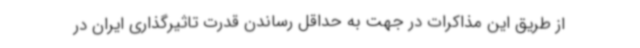
از طریق این مذاکرات در جهت به حداقل رساندن قدرت تاثیرگذاری ایران در